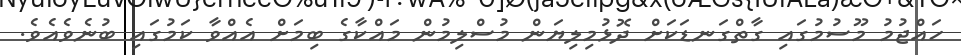
ހައްޖުމު މޫސުމުގައި ގާތްގަނޑަކަށް ދޮޅުމިލިޔަން މުސްލިމުން މައްކާގެ ބިމަށް އެއްވާ ކަމުގައި ބުނެވެއެވެ.